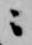
ニ